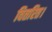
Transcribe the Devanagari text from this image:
वितरित।